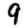
Digit: 9